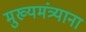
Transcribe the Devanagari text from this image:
मुख्यमंत्र्याना